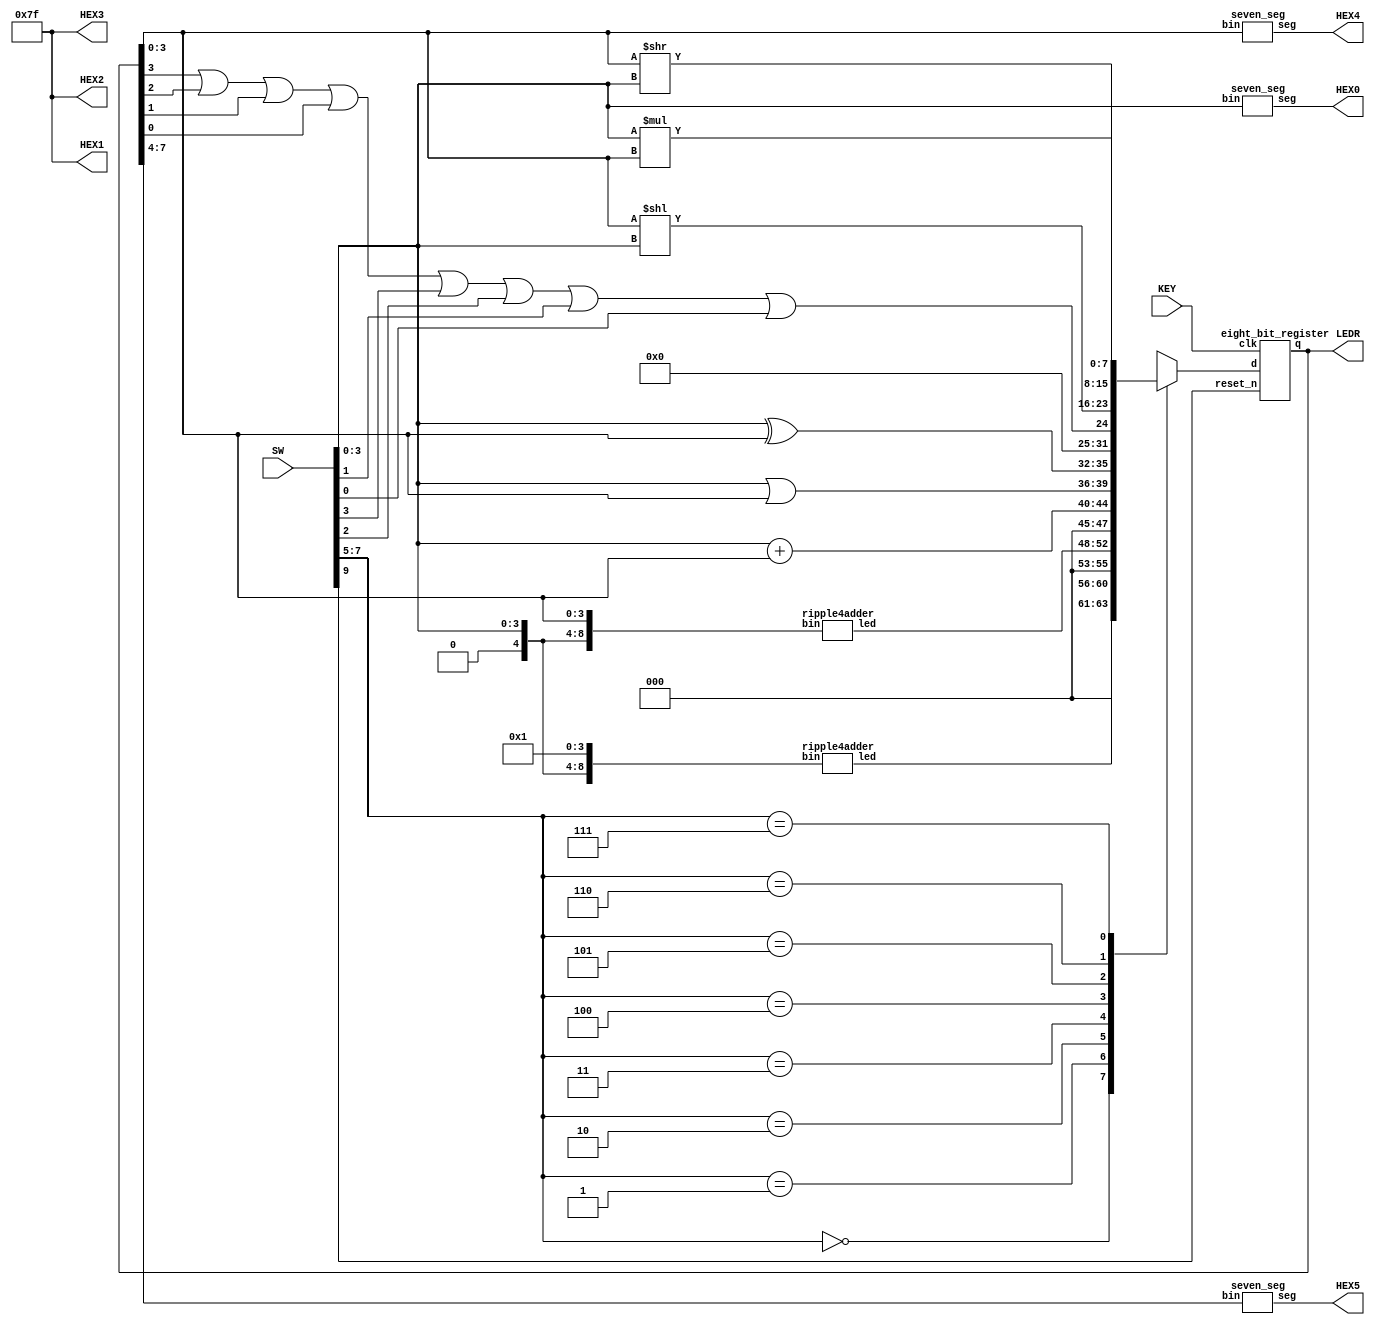
module alu(SW, KEY, LEDR, HEX0, HEX1, HEX2, HEX3, HEX4, HEX5);
    input [9:0] SW; // reset_n -> SW[9], ALU_function -> SW[7:5], data A -> SW[3:0]
    input [0:0] KEY; // clk -> KEY[0]
    output [7:0] LEDR; // for ALUout
    output [0:6] HEX0, HEX1, HEX2, HEX3, HEX4, HEX5;
    wire [4:0] f0;
    wire [4:0] f1;
    wire [7:0] reg_out;
    
    reg [7:0] ALUout;

    assign HEX1 = 7'b1111111;
    assign HEX2 = 7'b1111111;
    assign HEX3 = 7'b1111111;

// The output reg_out[3:0] is input B
    eight_bit_register reg0(
        .d(ALUout),
        .clk(KEY[0]),
        .reset_n(SW[9]),
        .q(reg_out)
    );

// for function 0, output A + 1 fed into wire f0
    ripple4adder r0(
        .bin({1'b0, SW[3:0], 4'b0001}),
        .led(f0)
    );

// for function 1, output A + B fed to wire f1
    ripple4adder r1(
        .bin({1'b0, SW[3:0], reg_out[3:0]}),
        .led(f1)
    );

    always @(*)
    begin
        case(SW[7:5])
            0: ALUout = {3'b000, f0}; // output is A + 1 from wire f0
            1: ALUout = {3'b000, f1}; // output is A + B from wire f1
            2: ALUout = SW[3:0] + reg_out[3:0]; // output is A + B using verilog '+' operator
            3: ALUout = {SW[3:0] | reg_out[3:0], SW[3:0] ^ reg_out[3:0]}; // A OR B, A XOR B
            4: ALUout = {7'b0000000, reg_out[3] | reg_out[2] | reg_out[1] | reg_out[0] | SW[3] | SW[2] | SW[1] | SW[0]};
            5: ALUout = reg_out[3:0] << SW[3:0]; // left shift B by A bits
            6: ALUout = reg_out[3:0] >> SW[3:0]; // right shift B by A bits
            7: ALUout = SW[3:0] * reg_out[3:0]; // A x B using verilog '*' operator
            default: ALUout = 8'b00000000;
        endcase
    end
    
    assign LEDR = reg_out;

// display value of A on hex0
    seven_seg h0(
        .bin(SW[3:0]),
        .seg(HEX0)
    );

// display least significant 4 bits of reg_out
    seven_seg h4(
        .bin(reg_out[3:0]),
        .seg(HEX4)
    );

// display most significant 4 bits of reg_out
    seven_seg h5(
        .bin(reg_out[7:4]),
        .seg(HEX5)
    );
endmodule


// an eight bit register, q will be set to d on posedge of clock if reset_n is low
// else, q will be set to 0
module eight_bit_register(d, clk, reset_n, q);
    input [7:0] d;
    input clk, reset_n;
    output [7:0] q;
    reg [7:0] q;

    always @(posedge clk)
    begin
        if (reset_n == 1'b0)
            q <= 0;
        else
            q <= d;
    end
endmodule


module seven_seg(seg, bin);
    input [3:0] bin;
    output [0:6] seg;
    reg [0:6] seg;

    always @(bin)
    begin
        case (bin)
            0 : seg = 7'b0000001;
            1 : seg = 7'b1001111;
            2 : seg = 7'b0010010;
            3 : seg = 7'b0000110;
            4 : seg = 7'b1001100;
            5 : seg = 7'b0100100;
            6 : seg = 7'b0100000;
            7 : seg = 7'b0001111;
            8 : seg = 7'b0000000;
            9 : seg = 7'b0000100;
            10 : seg = 7'b0001000;
            11 : seg = 7'b1100000;
            12 : seg = 7'b0110001;
            13 : seg = 7'b1000010;
            14 : seg = 7'b0110000;
            15 : seg = 7'b0111000;
            default: seg = 7'b1111111;
        endcase
    end
endmodule


module ripple4adder(led, bin);
    input [8:0] bin;
    output [4:0] led;
    wire a, b, c;

    fulladder a0(
        .A(bin[0]),
        .B(bin[4]),
        .cin(bin[8]),
        .cout(a),
        .S(led[0])
    );

    fulladder a1(
        .A(bin[1]),
        .B(bin[5]),
        .cin(a),
        .cout(b),
        .S(led[1])
    );

    fulladder a2(
        .A(bin[2]),
        .B(bin[6]),
        .cin(b),
        .cout(c),
        .S(led[2])
    );

    fulladder a3(
        .A(bin[3]),
        .B(bin[7]),
        .cin(c),
        .cout(led[4]),
        .S(led[3])
    );
endmodule


module fulladder(A, B, cin, cout, S);
    input A;
    input B;
    input cin;
    output cout;
    output S;
    
    assign S = cin ^ (A ^ B);
    assign cout = A & B | A & cin | B & cin;
endmodule